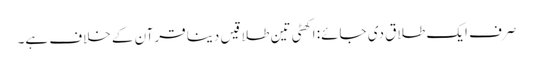
صرف ایک طلاق دی جائے: اکھٹی تین طلاقیں دینا قرآن کے خلاف ہے۔